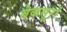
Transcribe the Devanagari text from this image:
बेकसूरों